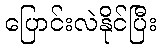
ပြောင်းလဲနိုင်ပြီး